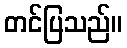
တင်ပြသည်။